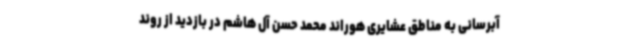
آبرسانی به مناطق عشایری هوراند محمد حسن آل هاشم در بازدید از روند